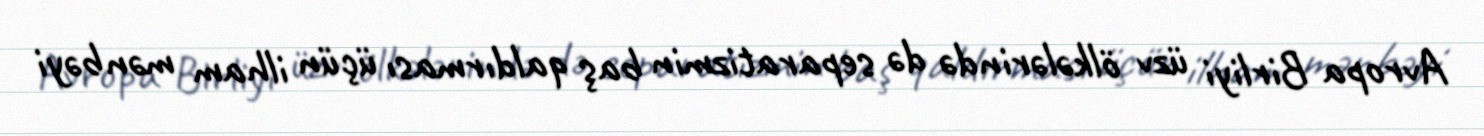
Avropa Birliyi üzv ölkələrində də separatizmin baş qaldırması üçün ilham mənbəyi